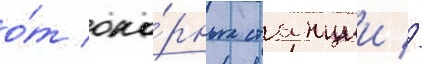
о́т опо́рных станции //